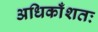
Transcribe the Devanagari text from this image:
अधिकाँशतः